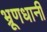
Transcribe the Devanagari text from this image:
भ्रूणधानी